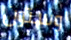
وستون